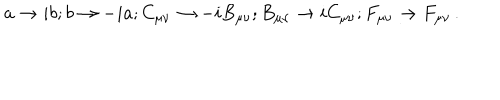
LaTeX: a \rightarrow i b ; b \rightarrow - i a ; C _ { \mu \nu } \rightarrow - i B _ { \mu \nu } ; B _ { \mu \nu } \rightarrow i C _ { \mu \nu } ; F _ { \mu \nu } \rightarrow F _ { \mu \nu } \, .